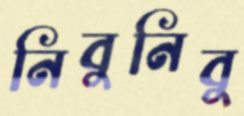
নিবুনিবু